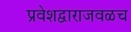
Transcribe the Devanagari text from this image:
प्रवेशद्वाराजवळच